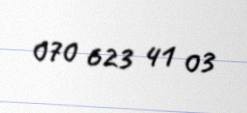
070 623 41 03